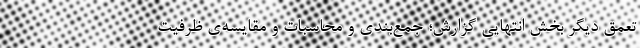
تعمق دیگر بخش انتهایی گزارش؛ جمع‌بندی و محاسبات و مقایسه‌ی ظرفیت